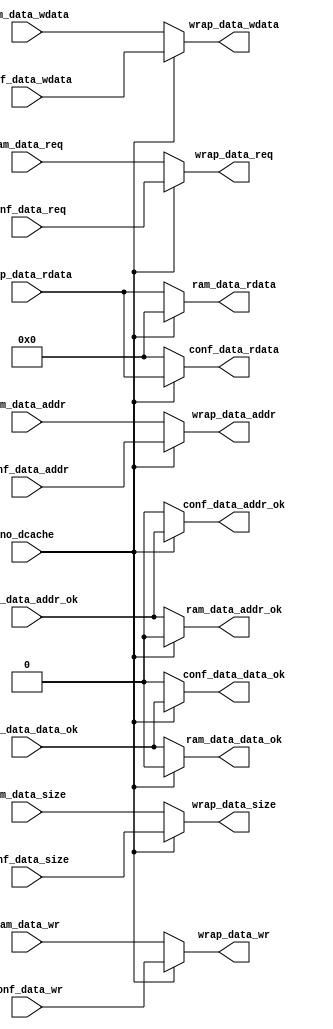
module bridge_2x1 (
    input no_dcache,

    input          ram_data_req,
    input          ram_data_wr,
    input  [1 : 0] ram_data_size,
    input  [ 31:0] ram_data_addr,
    input  [ 31:0] ram_data_wdata,
    output [ 31:0] ram_data_rdata,
    output         ram_data_addr_ok,
    output         ram_data_data_ok,

    input          conf_data_req,
    input          conf_data_wr,
    input  [1 : 0] conf_data_size,
    input  [ 31:0] conf_data_addr,
    input  [ 31:0] conf_data_wdata,
    output [ 31:0] conf_data_rdata,
    output         conf_data_addr_ok,
    output         conf_data_data_ok,

    output         wrap_data_req,
    output         wrap_data_wr,
    output [1 : 0] wrap_data_size,
    output [ 31:0] wrap_data_addr,
    output [ 31:0] wrap_data_wdata,
    input  [ 31:0] wrap_data_rdata,
    input          wrap_data_addr_ok,
    input          wrap_data_data_ok
);

  assign ram_data_rdata   = no_dcache ? 0 : wrap_data_rdata  ;
  assign ram_data_addr_ok = no_dcache ? 0 : wrap_data_addr_ok;
  assign ram_data_data_ok = no_dcache ? 0 : wrap_data_data_ok;

  assign conf_data_rdata   = no_dcache ? wrap_data_rdata   : 0;
  assign conf_data_addr_ok = no_dcache ? wrap_data_addr_ok : 0;
  assign conf_data_data_ok = no_dcache ? wrap_data_data_ok : 0;

  assign wrap_data_req   = no_dcache ? conf_data_req   : ram_data_req  ;
  assign wrap_data_wr    = no_dcache ? conf_data_wr    : ram_data_wr   ;
  assign wrap_data_size  = no_dcache ? conf_data_size  : ram_data_size ;
  assign wrap_data_addr  = no_dcache ? conf_data_addr  : ram_data_addr ;
  assign wrap_data_wdata = no_dcache ? conf_data_wdata : ram_data_wdata;

endmodule